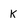
Character: K